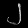
Digit: ၂